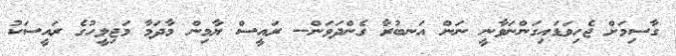
ގާސިމަށް ޖެހިވަޑައިގަންނަވާނީ ނަން އަނބުރާ ގެންދަވަން-- ރައީސް ޔާމިން މާދަމާ މަޖިލީހުގެ ރައީސަކު